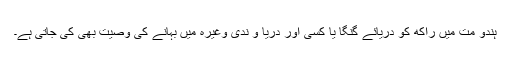
ہندو مت میں راکھ کو دریائے گنگا یا کسی اور دریا و ندی وغیرہ میں بہانے کی وصیت بھی کی جاتی ہے۔